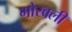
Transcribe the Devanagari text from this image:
गोखली